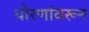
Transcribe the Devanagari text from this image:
धोरणांवरून